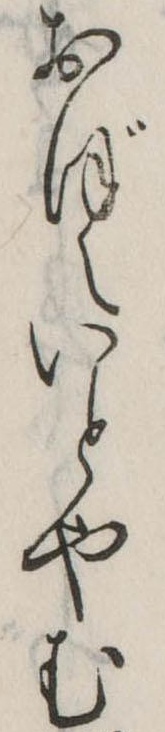
おぼえいとやむ